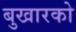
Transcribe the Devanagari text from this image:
बुखारको